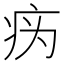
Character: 𰣦